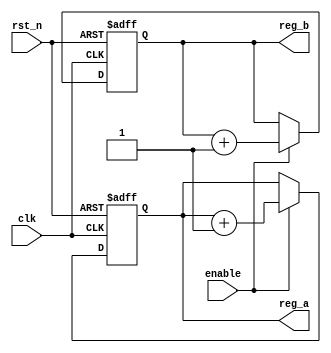
module ParameterizedModule #(
    parameter INIT_VALUE_A = 8'h00, // Initial value for register A
    parameter INIT_VALUE_B = 16'h0000 // Initial value for register B
)(
    input wire clk,                  // Clock input
    input wire rst_n,                // Active low reset
    input wire enable,               // Enable signal
    output reg [7:0] reg_a,          // 8-bit register A
    output reg [15:0] reg_b          // 16-bit register B
);

// Internal state variables
reg [7:0] internal_a;
reg [15:0] internal_b;

// Initialization block
initial begin
    internal_a = INIT_VALUE_A;      // Initialize internal_a with parameter value
    internal_b = INIT_VALUE_B;      // Initialize internal_b with parameter value
end

// Always block for behavioral logic
always @(posedge clk or negedge rst_n) begin
    if (!rst_n) begin
        // Reset internal states
        internal_a <= INIT_VALUE_A;
        internal_b <= INIT_VALUE_B;
    end else if (enable) begin
        // Example behavioral logic: Increment internal_a and internal_b
        internal_a <= internal_a + 1;
        internal_b <= internal_b + 1;
    end
end

// Output assignments
always @(*) begin
    reg_a = internal_a;              // Assign internal_a to output reg_a
    reg_b = internal_b;              // Assign internal_b to output reg_b
end

endmodule